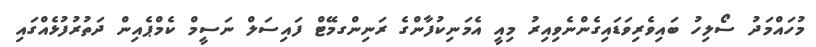
މުހައްމަދު ސޯލިހު ބައިވެރިވަޑައިގެންނެވިއިރު މިއީ އެމަނިކުފާންގެ ރަނިންގމޭޓް ފައިސަލް ނަސީމް ކެމްޕެއިން ދަތުރުފުޅެއްގައި